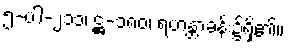
၅-ပါ-၂၁၁၊ ဋ္ဌ-၁၈၀၊ ရဟန္တာခန်း၌ရှိ၏။